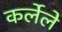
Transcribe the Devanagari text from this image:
कर्लेले